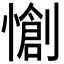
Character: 𭞶